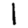
Digit: 1